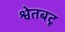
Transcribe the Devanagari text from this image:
श्वेतबटू